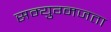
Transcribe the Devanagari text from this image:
सम्युग्मजता